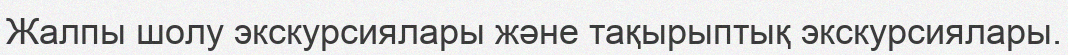
Жалпы шолу экскурсиялары және тақырыптық экскурсиялары.